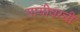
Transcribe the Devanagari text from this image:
गायीवरची